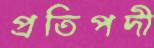
প্রতিপদী